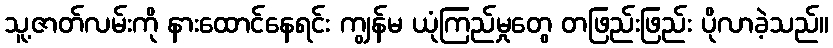
သူ့ဇာတ်လမ်းကို နားထောင်နေရင်း ကျွန်မ ယုံကြည်မှုတွေ တဖြည်းဖြည်း ပိုလာခဲ့သည်။